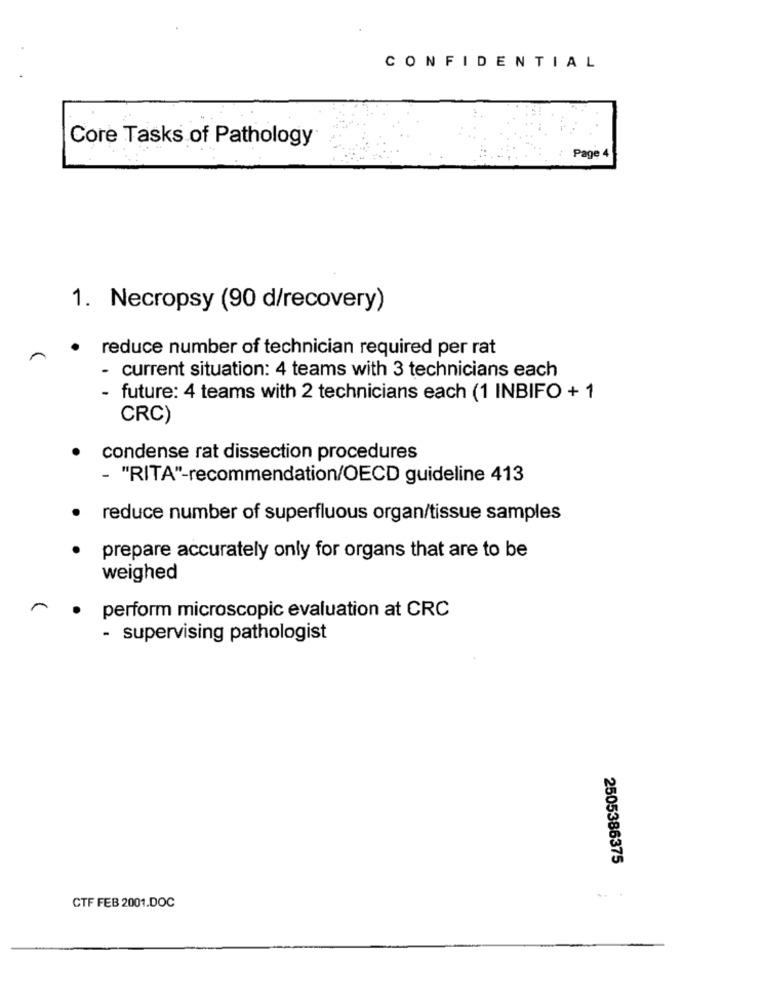
CONFIDENTIAL
Core Tasks of Pathology
Page 4
1. Necropsy (90 d/recovery)
reduce number of technician required per rat
- current situation: 4 teams with 3 technicians each
- future: 4 teams with 2 technicians each (1 INBIFO + 1
CRC)
condense rat dissection procedures
- "RITA"-recommendation/OECD guideline 413
reduce number of superfluous organ/tissue samples
prepare accurately only for organs that are to be
weighed
perform microscopic evaluation at CRC
- supervising pathologist
2505386375
..
CTF FEB 2001.DOC